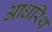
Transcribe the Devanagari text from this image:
आधरिथ